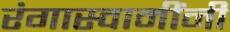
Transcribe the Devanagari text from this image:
रंगास्वामींनी